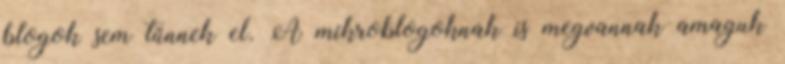
blogok sem tűnnek el. A mikroblogoknak is megvannak amaguk